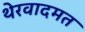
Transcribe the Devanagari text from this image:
थेरवादमत